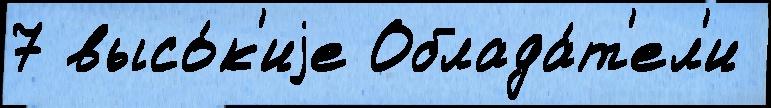
7 высо́к'иjе Облада́т'ел'и